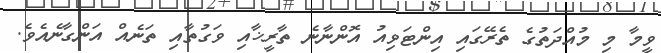
ވީމާ މި މުއްދަތުގެ ތެރޭގައި އިންޓަވިއު އޮންނާނެ ތާރީޚާއި ވަގުތާއި ތަނެއް އަންގާނެއެވެ.